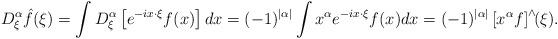
LaTeX: \begin{align*} D_\xi^\alpha \hat{f}(\xi) = \int D_\xi^\alpha \left[ e^{-ix\cdot\xi} f(x)\right] dx = (-1)^{|\alpha|} \int x^\alpha e^{-ix\cdot\xi} f(x)dx = (-1)^{|\alpha|}\left[ x^\alpha f\right]^\wedge\!\!(\xi). \end{align*}